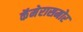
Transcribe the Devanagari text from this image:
कॅमेरासमोर